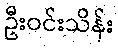
ဦးဝင်းသိန်း